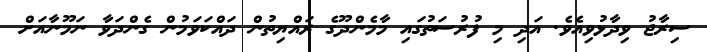
ސިރާޖު ވިދާޅުވިއެވެ. އަދި މި ފުރުސަތުގައި މާމެންދޫގެ ރައްޔިތުން ދައްކަވަމުން ގެންދަވާ ނަމޫނާއަށް